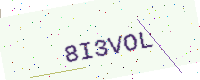
Text: 8I3VOL